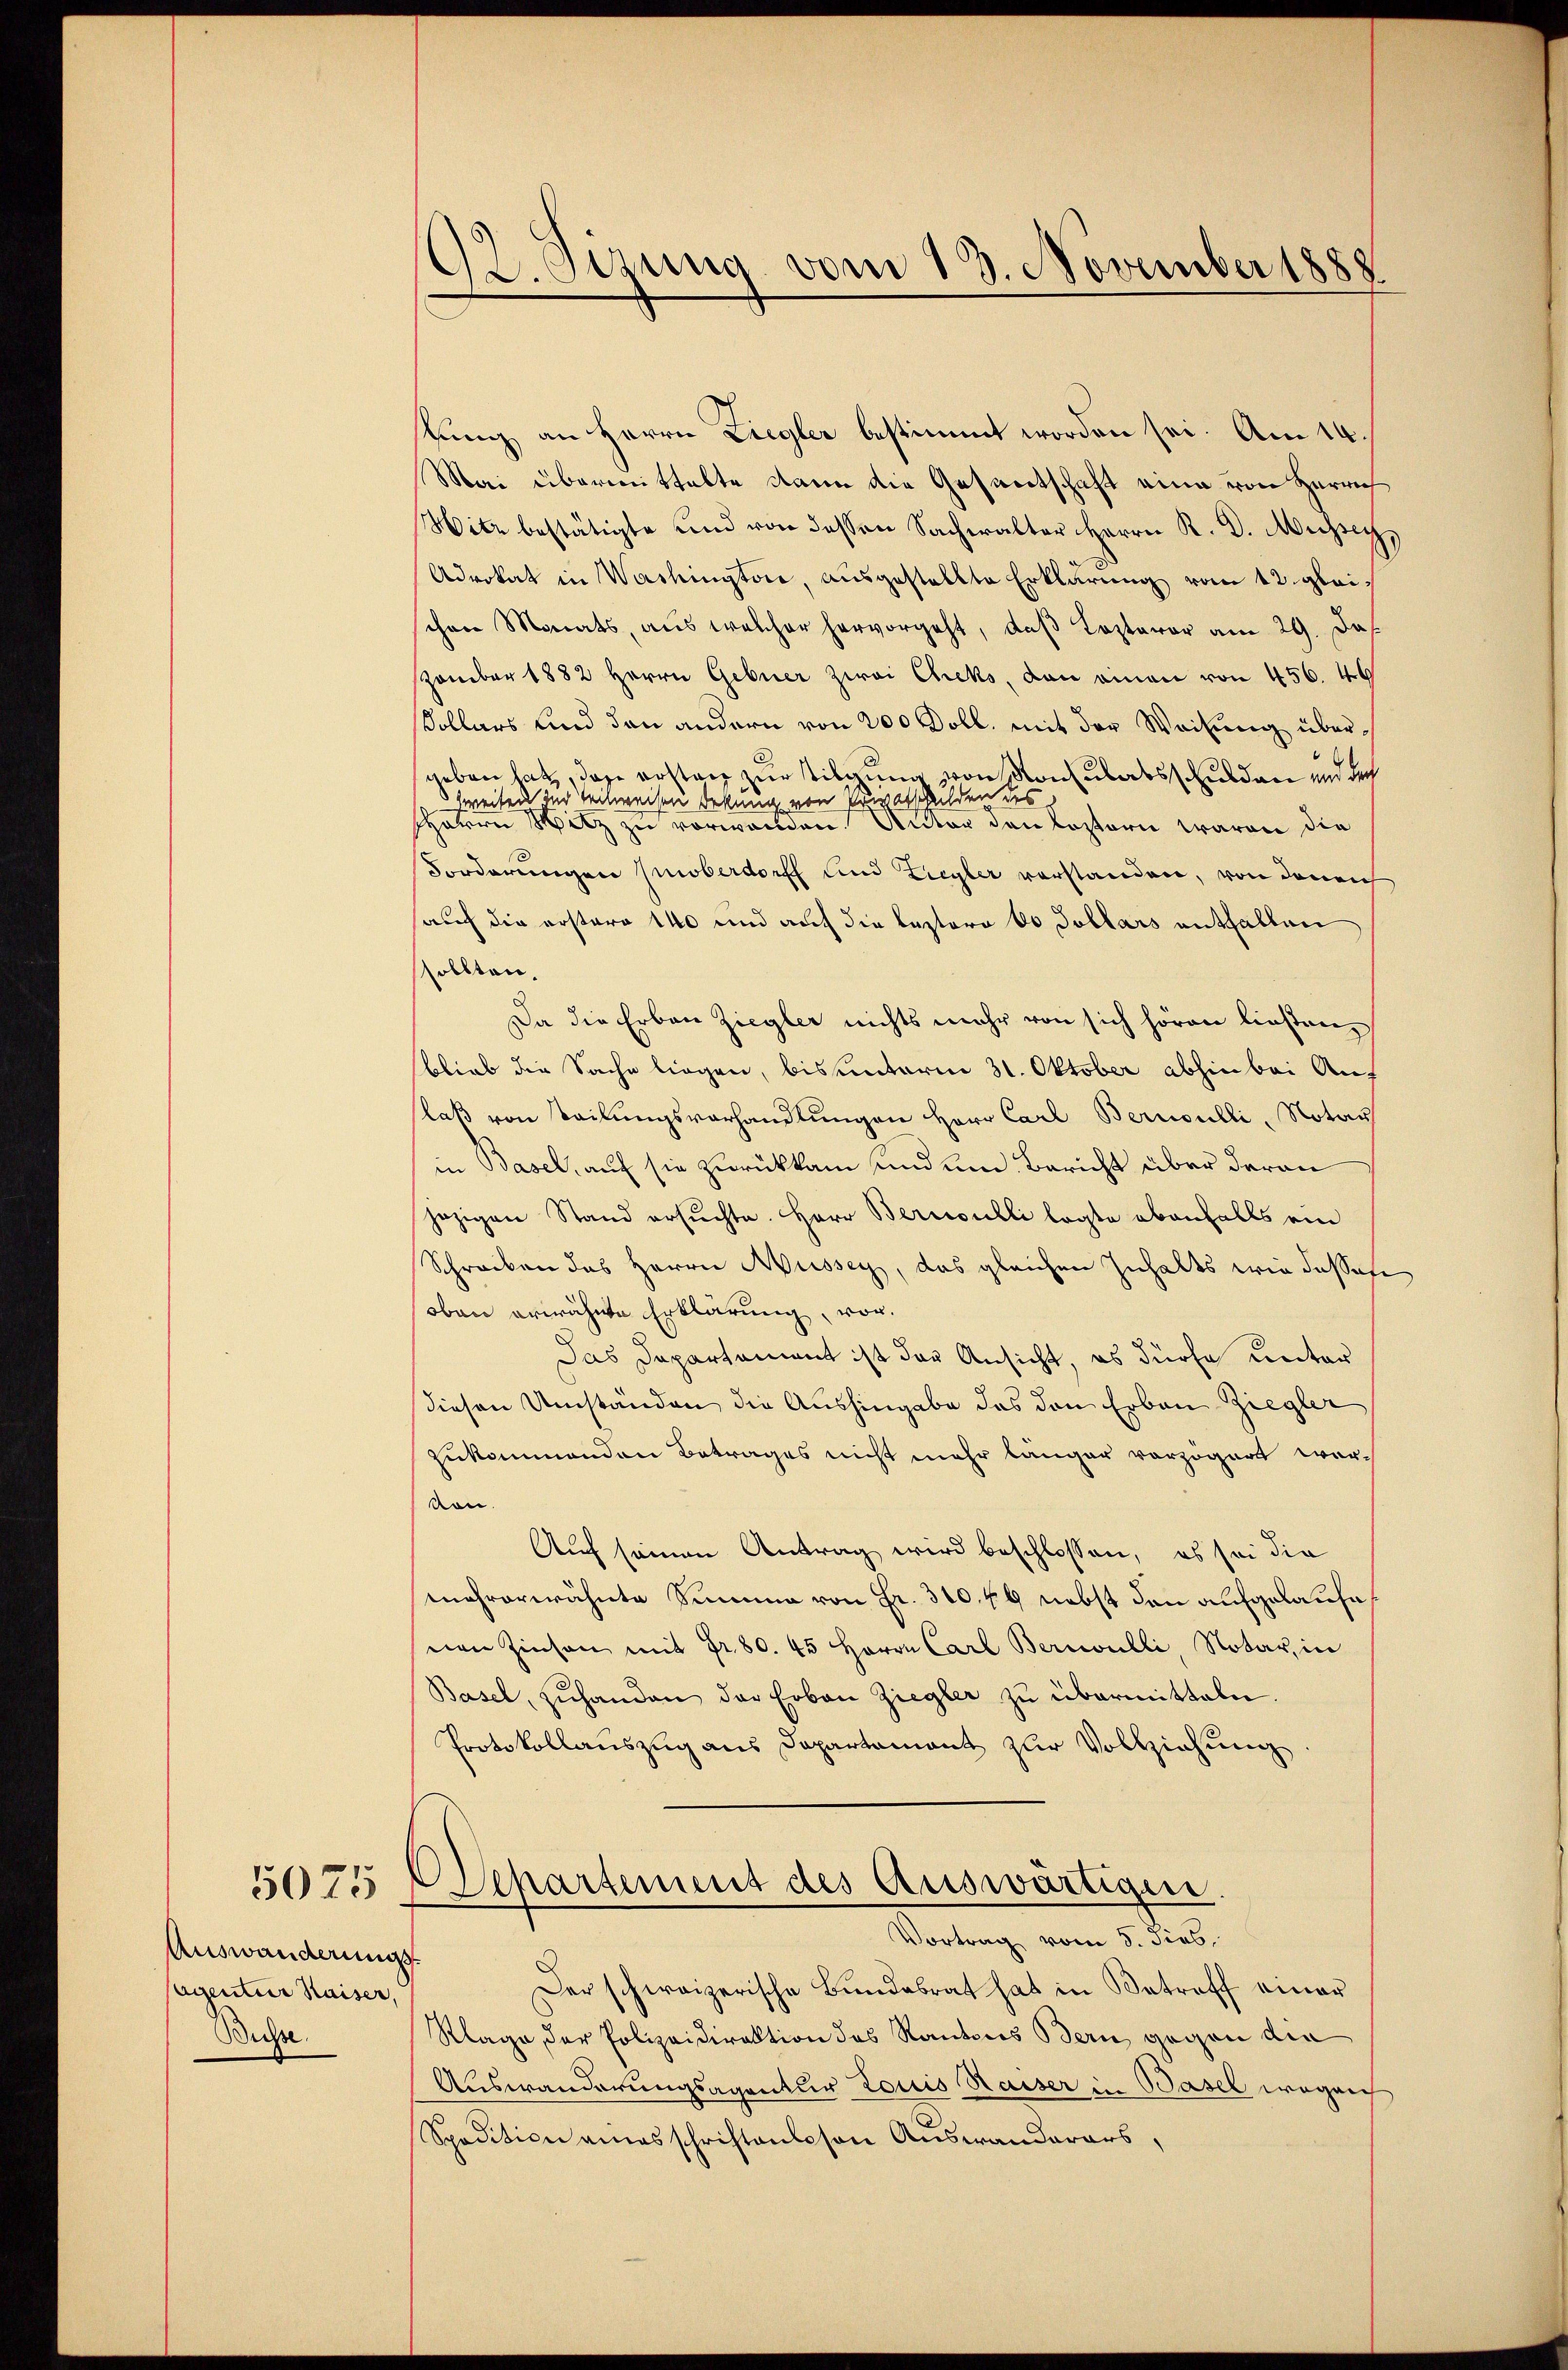
Auswanderungs
Cagentur Kaiser,
Büsse.

5025

92. Sizung vom 13. November 1888

stung an Herrn Ziegler bestimmt worden sei. Am 14.
Mai übermittalte dann die Gesandtschaft eine von Herrech
ite bestätigte und von dessen Sachealter Herrn R. D. Mesey,
Advokat in Washingte, ausgestellte Erklärung vom 12. gleischen Monats, aus welcher hervorgeht, daß Loptavor am 29. Das
zember 1882 Herrn Gebner zwei Cheks, dan einen von 456. 46
ollars und den andern von 200 Doll, mit der Weisung übergeben hat, das erstanz zur stilgung von Konsulatsschulden und doch
weisen die Teilweisen Erkung von Priestalden des
HHerrn Sitz zu verwenden Unter den Kostern waren die
Forderungen oberdorff und Ziegler vorstanden, von denen
sauf die erstere 140 und auf die leztere es Tollars enthalten
sollten.
Da die Erbau Ziegler nichts mehr von sich hören liesten,
blieb die Sache liegen, bis unterm 31. Oktober abhin bei Aus
laß von Teilungsverhandlungen Herr Carl Bernoulli, Notar
in Basel, auf sie zurückkam und um Bericht über daran
jezigen Stand ersŭchte. Herr Bernoulli legte ebenfalls ein
Schreiben das Herrn Müssey, das gleichen Inhalts wie dassese
oben erwähnte Erklärung, vor.
Das Departement ist das Ansicht, es dürfe unter
diesen Umstanden die Aushingabe das den Erbau Ziegler
zukommenden Betrages nicht mehr länger vorzogart wervon.
Auch seinen Antrag wird beschlossen, es sei die
mehrerwähnte Summa von Fr. 310. 46 nebst dann aufgelaufe
nen Zinsen mit Fr. 80. 45 Herrn Carl Bernoulli, Notar, in
Basel, zŭhanden der Erban Ziegler zu übermitteln.
Protokollauszug aus Departement zur Vollziehung
Separtement des Auswärtiger.
Vortrag vom 5. dies,
Der schweizerische Bundesrat hat in Betroff einer
Klage der Polizeidirektion des Kantons Bern, gegen die
Auswanderungsagentur Louis Kaiser in Basel wegen
Spedition amas schriftenlosen Auswanderars,